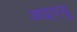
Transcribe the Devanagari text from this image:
आइएयू